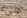
شيء